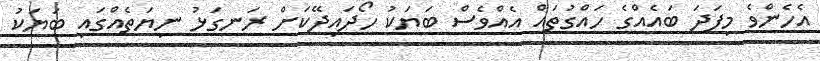
އެހެންވެ މިފަދަ ބައެއްގެ ހައްގުތައް އެއްވެސް ބަޔަކު ހޯދައިދޭކަށް ރަނގަޅު ނިޔަތެއްގައި ބަޔަކު